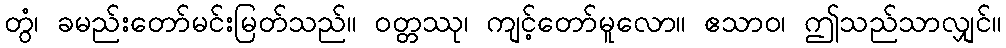
တွံ၊ ခမည်းတော်မင်းမြတ်သည်။ ဝတ္တဿု၊ ကျင့်တော်မူလော။ ဧသာဝ၊ ဤသည်သာလျှင်။